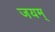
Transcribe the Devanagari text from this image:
जयम्